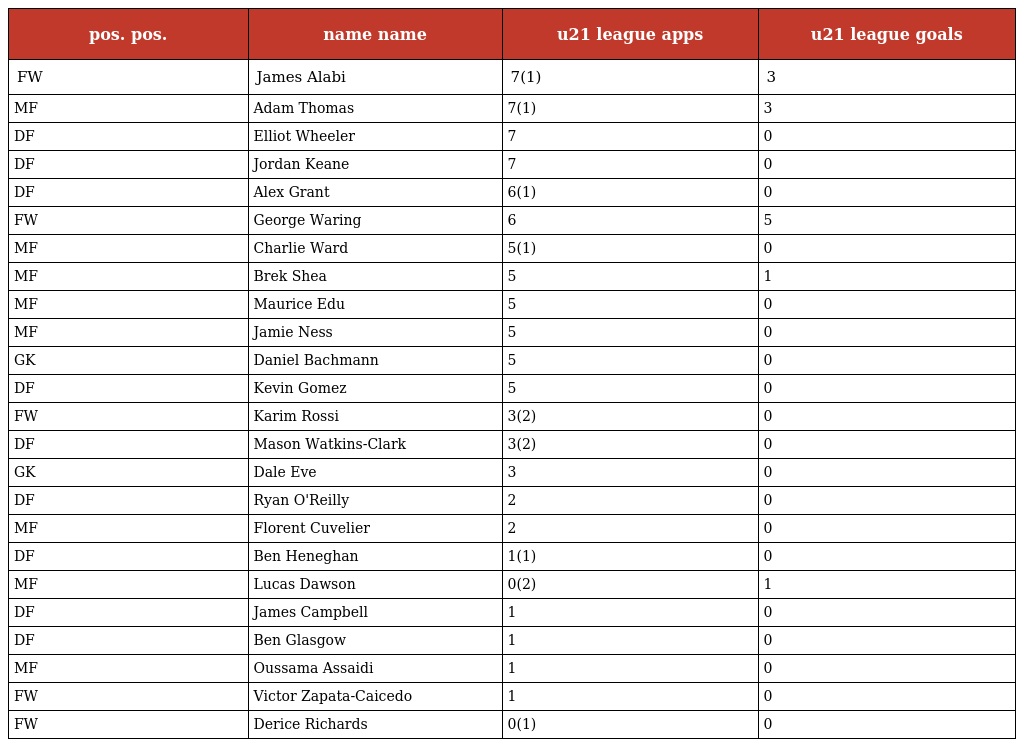
| pos. pos. | name name | u21 league apps | u21 league goals |
 | --- | --- | --- | --- |
 | FW | James Alabi | 7(1) | 3 |
 | MF | Adam Thomas | 7(1) | 3 |
 | DF | Elliot Wheeler | 7 | 0 |
 | DF | Jordan Keane | 7 | 0 |
 | DF | Alex Grant | 6(1) | 0 |
 | FW | George Waring | 6 | 5 |
 | MF | Charlie Ward | 5(1) | 0 |
 | MF | Brek Shea | 5 | 1 |
 | MF | Maurice Edu | 5 | 0 |
 | MF | Jamie Ness | 5 | 0 |
 | GK | Daniel Bachmann | 5 | 0 |
 | DF | Kevin Gomez | 5 | 0 |
 | FW | Karim Rossi | 3(2) | 0 |
 | DF | Mason Watkins-Clark | 3(2) | 0 |
 | GK | Dale Eve | 3 | 0 |
 | DF | Ryan O'Reilly | 2 | 0 |
 | MF | Florent Cuvelier | 2 | 0 |
 | DF | Ben Heneghan | 1(1) | 0 |
 | MF | Lucas Dawson | 0(2) | 1 |
 | DF | James Campbell | 1 | 0 |
 | DF | Ben Glasgow | 1 | 0 |
 | MF | Oussama Assaidi | 1 | 0 |
 | FW | Victor Zapata-Caicedo | 1 | 0 |
 | FW | Derice Richards | 0(1) | 0 |